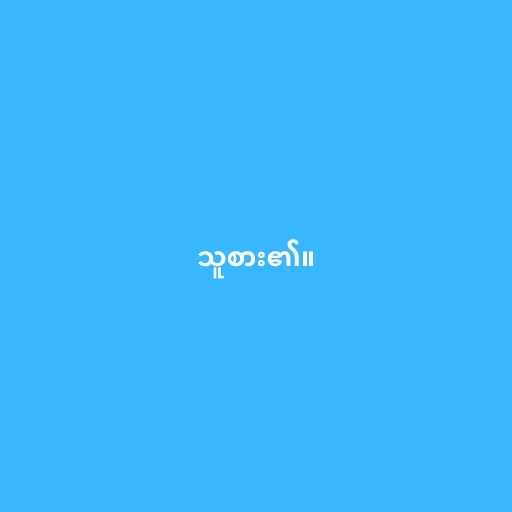
သူစား၏။